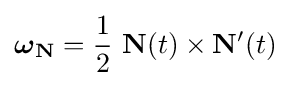
{\boldsymbol {\omega }}_{\mathbf {N} }={1 \over 2}\ \mathbf {N} (t)\times \mathbf {N'} (t)